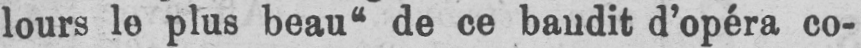
lours le plus beau“ de ce baudit d’opéra co-